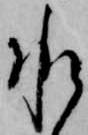
承